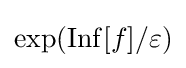
\exp(\operatorname {Inf} [f]/\varepsilon )